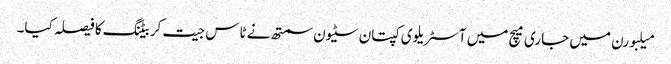
میلبورن میں جاری میچ میں آسٹریلوی کپتان سٹیون سمتھ نے ٹاس جیت کر بیٹنگ کا فیصلہ کیا۔